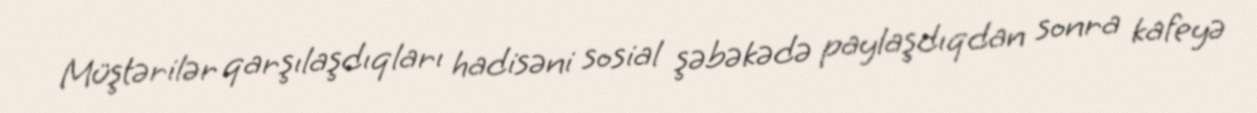
Müştərilər qarşılaşdıqları hadisəni sosial şəbəkədə paylaşdıqdan sonra kafeyə